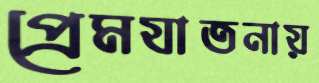
প্রেমযাতনায়